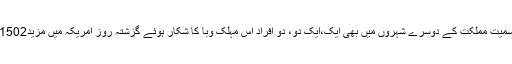
الہفوف میں 16، بریدہ میں 10 اور ظہران میں سات کیسوں سمیت مملکت کے دوسرے شہروں میں بھی ایک،ایک دو، دو افراد اس مہلک وَبا کا شکار ہوئے گزشتہ روز امریکہ میں مزید1502،سپین 322،اٹلی578،برطانیہ میں 761افراد ہلاک ہو گئے